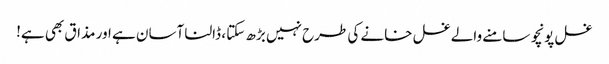
غسل پونچو سامنے والے غسل خانے کی طرح نہیں بڑھ سکتا ، ڈالنا آسان ہے اور مذاق بھی ہے!